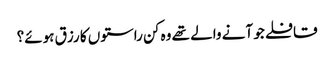
قافلے جو آنے والے تھے وہ کن راستوں کا رزق ہوئے؟